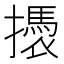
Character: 𢷭